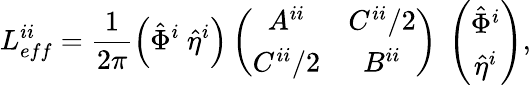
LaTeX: L_{eff}^{ii}=\frac{1}{2\pi}\left(\hat{\Phi}^{i}~\hat{\eta}^{i}\right)\left(\begin{array}{cc}{{A^{ii}}}&{{C^{ii}/2}}\\ {{C^{ii}/2}}&{{B^{ii}}}\end{array}\right)~\left(\begin{array}{c}{{\hat{\Phi}^{i}}}\\ {{\hat{\eta}^{i}}}\end{array}\right),